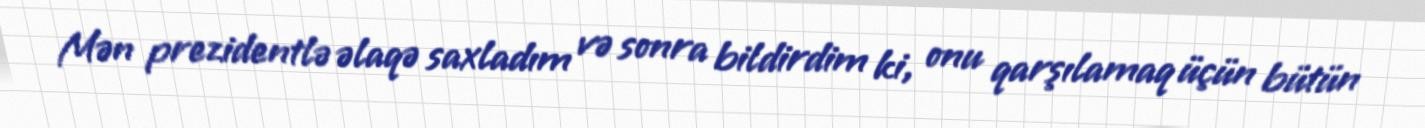
Mən prezidentlə əlaqə saxladım və sonra bildirdim ki, onu qarşılamaq üçün bütün